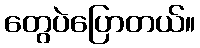
တွေပဲပြောတယ်။